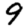
Digit: 9